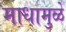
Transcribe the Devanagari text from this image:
माधामुळे